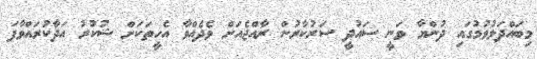
މިބައްދަލުވުމުގައި ދުންޔާ ވަނީ ސައުދީ ސަރުކާރުން ރާއްޖެއަށް ވެދެއްވާ އެހީތަކަށް ޝުކުރު އަދާކުރައްވާފަ